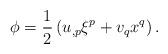
LaTeX: \begin{align*}\phi=\frac{1}{2}\left(u_{,p}\xi^p+v_qx^q\right).\end{align*}